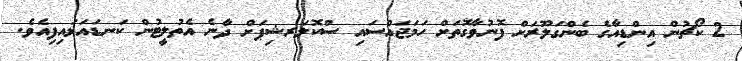
2 ކޯޗުން އިންޑިއާގެ ބެންގަލޫރަށް ފޮނުވާގޮތަށް ހަމަޖައްސައި ސްކޮލަރޝިޕަށް ދާނެ އެތުލީޓުން ކަނޑައަޅައިފިއެވެ.